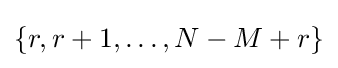
\{r,r+1,\dots ,N-M+r\}